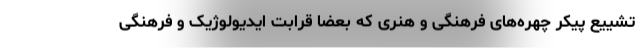
تشییع پیکر چهره‌های فرهنگی و هنری که بعضا قرابت ایدیولوژیک و فرهنگی